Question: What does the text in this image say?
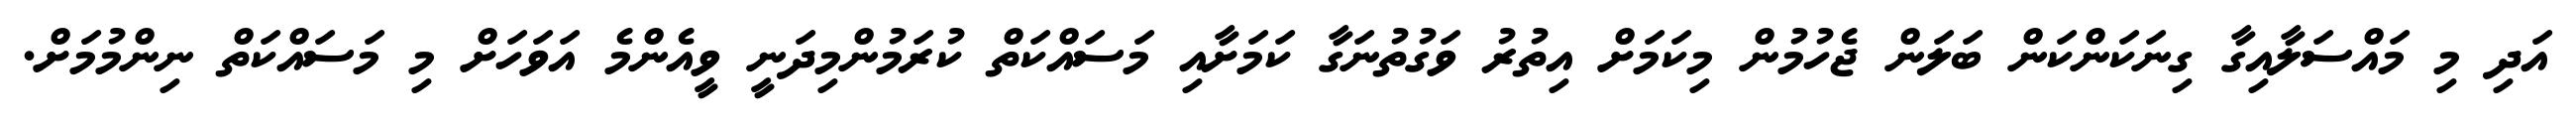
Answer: އަދި މި މައްސަލާއިގާ ގިނަކަންކަން ބަލަން ޖެހުމުން މިކަމަށް އިތުރު ވަގުތުނަގާ ކަމަށާއި މަސައްކަތް ކުރަމުންމިދަނީ ވީއެންމެ އަވަހަށް މި މަސައްކަތް ނިންމުމަށް.